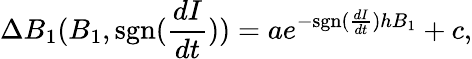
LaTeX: \Delta{B_{1}}(B_{1},\mathrm{sgn}(\frac{dI}{dt}))=ae^{-\mathrm{sgn}(\frac{dI}{dt})hB_{1}}+c,